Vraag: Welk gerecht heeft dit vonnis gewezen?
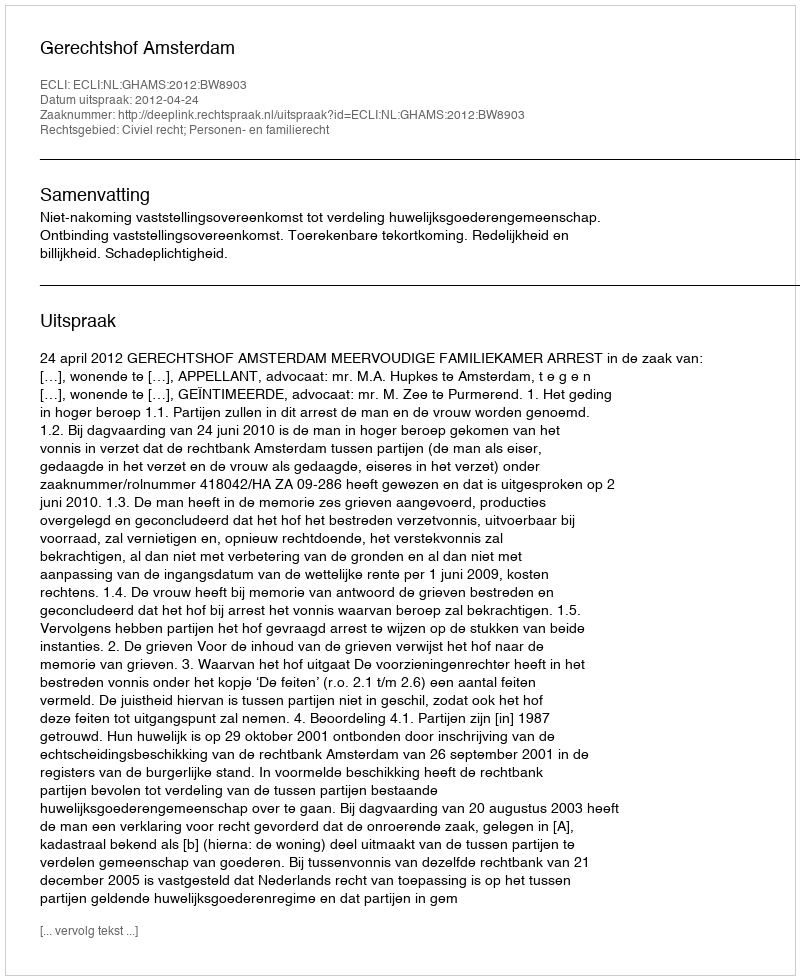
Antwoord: Gerechtshof Amsterdam